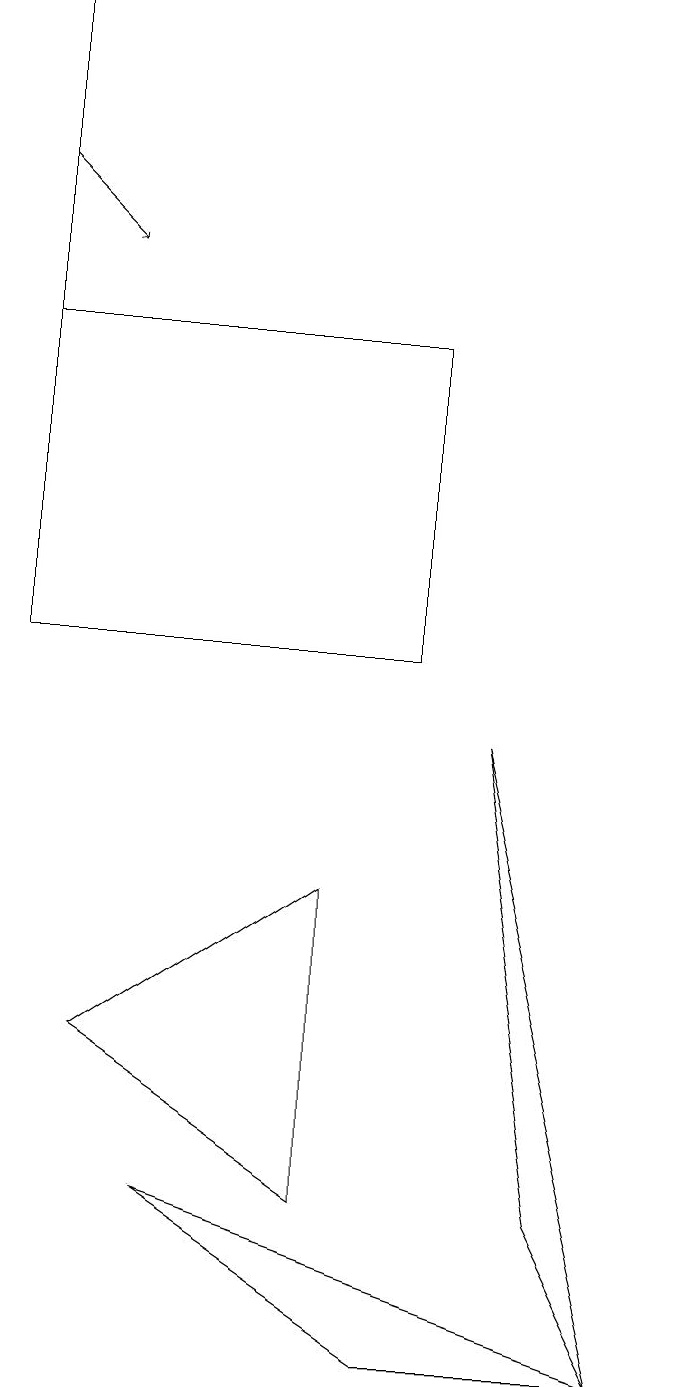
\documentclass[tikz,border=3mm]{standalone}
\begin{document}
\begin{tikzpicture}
\draw[->] (0,16) -- (1,15);
\draw (5,14) rectangle (0,10);
\draw (4,7) -- (1,5) -- (4,3) -- cycle;
\draw (8,1) -- (7,3) -- (6,9) -- cycle;
\draw (5,1) -- (8,1) -- (2,3) -- cycle;
\draw (0,18) rectangle (0,11);
\draw (8,18) rectangle (8,18);
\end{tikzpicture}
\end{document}